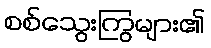
စစ်သွေးကြွများ၏